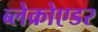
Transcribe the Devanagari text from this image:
ब्लेक्रोएडर